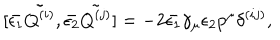
[ \bar { \epsilon _ { 1 } } \tilde { Q ^ { ( i ) } } , \bar { \epsilon _ { 2 } } \tilde { Q ^ { ( j ) } } ] = - 2 \bar { \epsilon _ { 1 } } \gamma _ { \mu } \epsilon _ { 2 } p ^ { \mu } \delta ^ { ( i j ) } ,